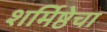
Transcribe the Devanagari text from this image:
शर्मिष्ठेचा